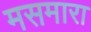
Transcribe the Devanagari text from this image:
मसमारा